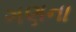
ગણના